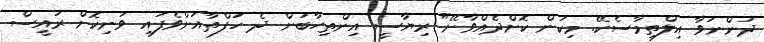
ދަންނަވާ އިލްތިމާސެކޭ. މިކަން ކޮށްދެއްވާށޭ" ރިޔާސީ އިންތިހާބަށް ދެ ހަފްތާއަށްވެފައި ވަނިކޮށް ރައީސް